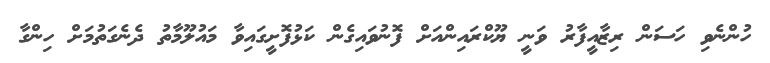
ހުންނެވި ހަސަން ރިޒާއީފާރު ވަނީ ޔޫކްރައިންއަށް ފޮނުވައިގެން ކަޅުފޮށީގައިވާ މައުލޫމާތު ދެނެގަތުމަށް ހިންގާ